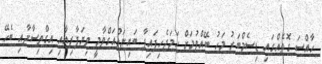
ހާއްސަ ގޮތެއްގައި ޑިސެމްބަރު މަހު ބޭއްވުމަށް ހަމަޖެހިފައިފާ ބައިނަލްއަގްވާމީ ވިޔަފާރިއާއި އިގްތިސާދާއި ބެހޭ